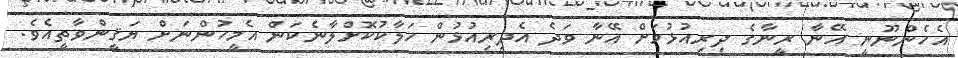
އެހެންނޫނީ އޭނާ ރީނާގެ ދިރިއުޅުމަށް އޭނާ ވަދެ އެދިރިއުޅުން ހަލާކުކޮށްލާނެކަން އެމީހުންނަށް ޔަޤީންވާތީއެވެ.